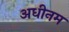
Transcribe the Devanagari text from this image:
अधीनम